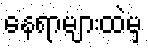
နေရာများထဲမှ